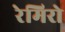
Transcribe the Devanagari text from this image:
रेमिरो